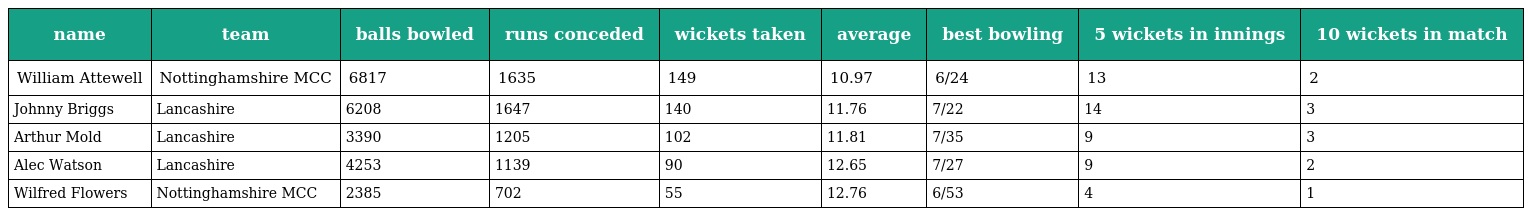
| name | team | balls bowled | runs conceded | wickets taken | average | best bowling | 5 wickets in innings | 10 wickets in match |
 | --- | --- | --- | --- | --- | --- | --- | --- | --- |
 | William Attewell | Nottinghamshire MCC | 6817 | 1635 | 149 | 10.97 | 6/24 | 13 | 2 |
 | Johnny Briggs | Lancashire | 6208 | 1647 | 140 | 11.76 | 7/22 | 14 | 3 |
 | Arthur Mold | Lancashire | 3390 | 1205 | 102 | 11.81 | 7/35 | 9 | 3 |
 | Alec Watson | Lancashire | 4253 | 1139 | 90 | 12.65 | 7/27 | 9 | 2 |
 | Wilfred Flowers | Nottinghamshire MCC | 2385 | 702 | 55 | 12.76 | 6/53 | 4 | 1 |